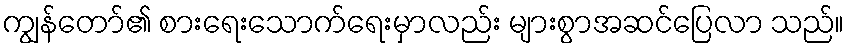
ကျွန်တော်၏ စားရေးသောက်ရေးမှာလည်း များစွာအဆင်ပြေလာ သည်။